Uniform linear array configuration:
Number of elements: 32
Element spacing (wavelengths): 1
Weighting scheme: binomial
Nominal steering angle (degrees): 15
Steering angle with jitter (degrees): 14.063
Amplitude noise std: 0.05
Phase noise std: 0.05

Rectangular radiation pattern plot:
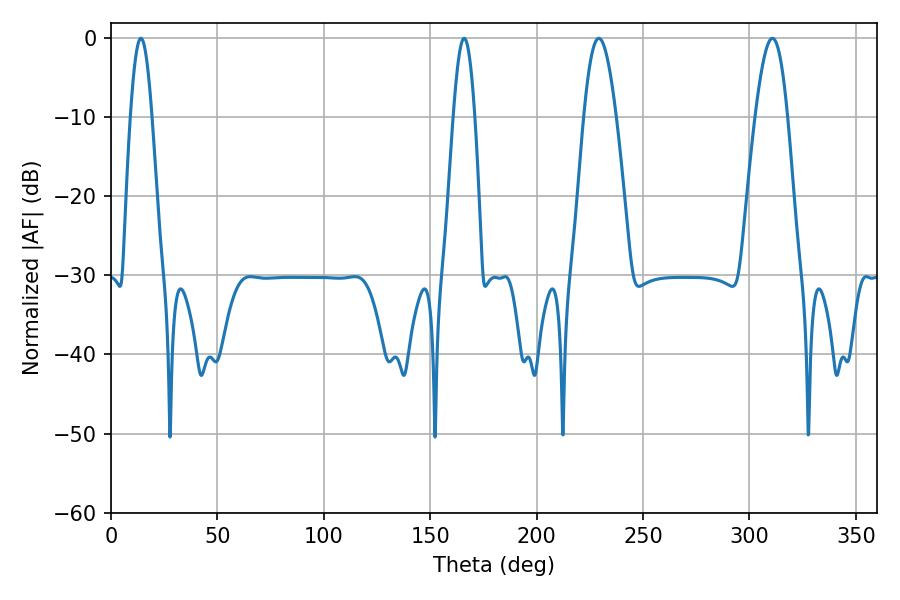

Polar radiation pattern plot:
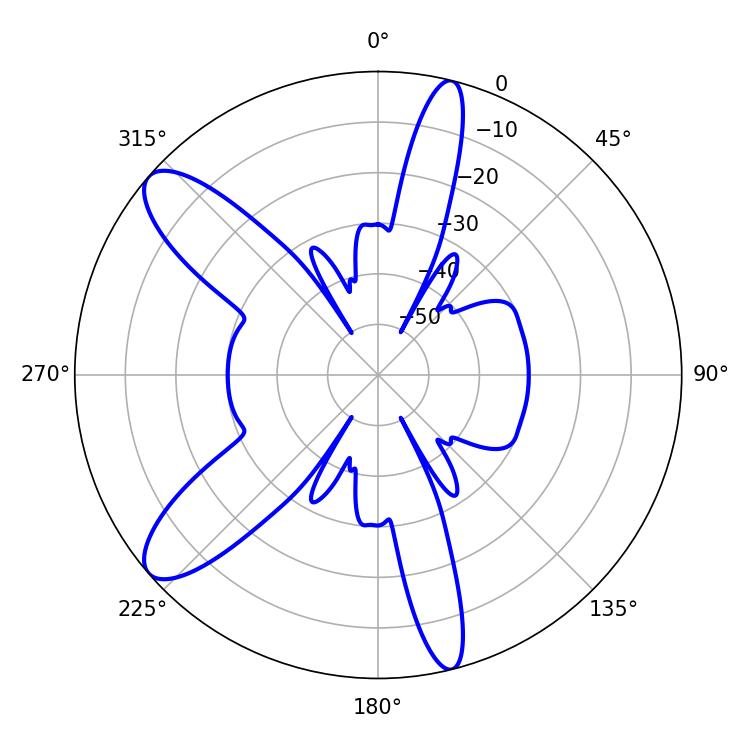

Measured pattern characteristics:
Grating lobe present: TRUE
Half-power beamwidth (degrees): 5.4
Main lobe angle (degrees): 14.04